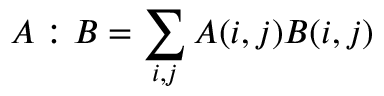
A : B = \sum _ { i , j } A ( i , j ) B ( i , j )